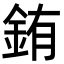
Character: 銪